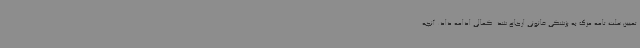
تعیین علت تامه مرگ به پزشکی قانونی ارجاع شد. کمالی ادامه داد: آنچه